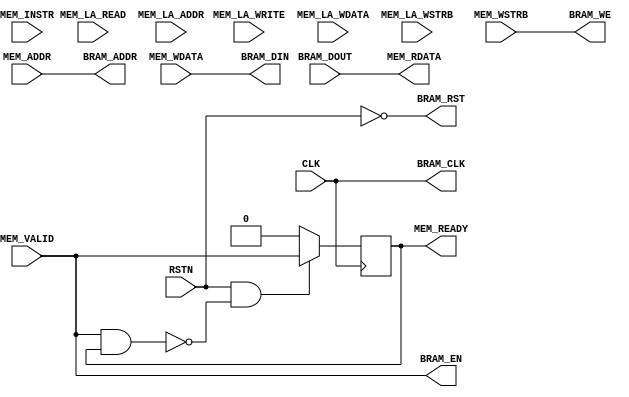
module PicoBramBridge
    #( parameter [31:0] C_DELAY = 1,
       parameter [0:0] C_USE_LOOKAHEAD = 0,
       parameter [31:0] C_ADDR_WIDTH = 32
       )
    (
     input                     CLK, 
     input                     RSTN,
    
     input                     MEM_VALID,
     input                     MEM_INSTR,
     output                    MEM_READY,

     input [31:0]              MEM_ADDR,
     input [31:0]              MEM_WDATA,
     input [ 3:0]              MEM_WSTRB,
     output [31:0]             MEM_RDATA,

	 // Look-Ahead Interface
     input                     MEM_LA_READ,
     input                     MEM_LA_WRITE,
     input [31:0]              MEM_LA_ADDR,
     input [31:0]              MEM_LA_WDATA,
     input [ 3:0]              MEM_LA_WSTRB,

     output [C_ADDR_WIDTH-1:0] BRAM_ADDR,
     output                    BRAM_CLK,
     output [31:0]             BRAM_DIN,
     input [31:0]              BRAM_DOUT,
     output                    BRAM_EN,
     output                    BRAM_RST,
     output [3:0]              BRAM_WE
     );

    reg [C_DELAY-1:0]            rDelay;
    wire [C_DELAY:0]             wDelay;

    assign wDelay = {rDelay, MEM_VALID};
    
    always @(posedge CLK) begin
        if (RSTN & ~(MEM_VALID & MEM_READY)) begin
            rDelay <= wDelay[C_DELAY-1:0];
        end else begin
            rDelay <= 0;
        end
    end
    
    assign BRAM_ADDR = C_USE_LOOKAHEAD ? MEM_LA_ADDR : MEM_ADDR;
    assign BRAM_CLK = CLK;
    assign BRAM_DIN = C_USE_LOOKAHEAD ? MEM_LA_WDATA : MEM_WDATA;
    assign BRAM_EN = C_USE_LOOKAHEAD ? 
                     MEM_LA_WRITE | MEM_LA_READ | MEM_VALID : 
                     wDelay[C_DELAY-1:0] != 0;

    assign BRAM_RST = ~RSTN;
    assign BRAM_WE = C_USE_LOOKAHEAD ? MEM_LA_WSTRB & {4{MEM_LA_WRITE}} : 
                     MEM_WSTRB;

    assign MEM_RDATA = BRAM_DOUT;    
    assign MEM_READY = C_USE_LOOKAHEAD ? wDelay[C_DELAY - 1] : wDelay[C_DELAY];
    
endmodule